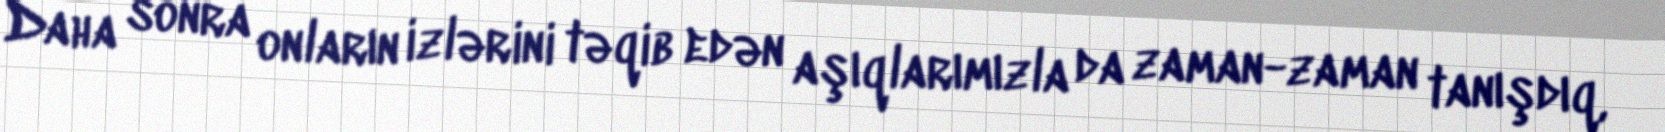
Daha sonra onların izlərini təqib edən aşıqlarımızla da zaman-zaman tanışdıq,